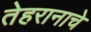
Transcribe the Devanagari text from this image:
तेहरानाचे